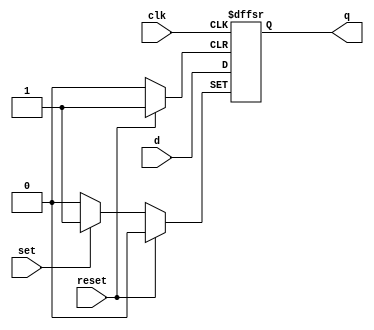
module RSFF_1(input d, clk, set, reset, output reg q);
always @(posedge clk or posedge reset or posedge set)
    if(reset)
	    q <= 0;
	else if(set)
	    q <= 1;
	else
	    q <= d;
endmodule